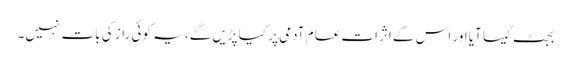
بجٹ کیسا آیا اور اس کے اثرات عام آدمی پر کیا پڑیں گے، یہ کوئی راز کی بات نہیں۔